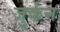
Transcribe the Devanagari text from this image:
जुर्कन